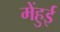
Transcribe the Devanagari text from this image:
मेंहुई